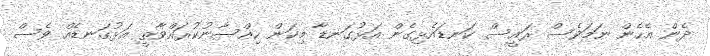
ދެން އެހެން ނަމަވެސް ރައީސް ކަނޑައެޅިގެން އަޅުގަނޑާ މިކަން ހިއްސާނުކުރައްވާތީ އަޅުގަނޑެއް ވެސް